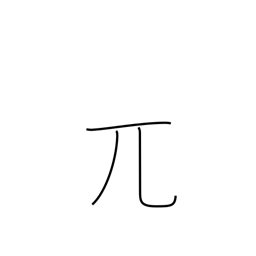
Meaning: bald